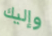
وإليك